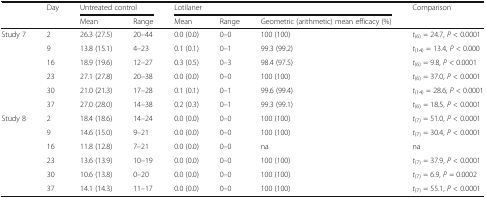
| <ROWSPAN=2>  | <ROWSPAN=2> Day | <COLSPAN=2> Untreated control | <COLSPAN=3> Lotilaner | Comparison |
 | Mean | Range | Mean | Range | Geometric (arithmetic) mean efficacy (%) |  |
 | --- | --- | --- | --- | --- | --- | --- | --- |
 | <ROWSPAN=6> Study 7 | 2 | 26.3 (27.5) | 20–44 | 0.0 (0.0) | 0–0 | 100 (100) | t(6) = 24.7, P < 0.0001 |
 | 9 | 13.8 (15.1) | 4–23 | 0.1 (0.1) | 0–1 | 99.3 (99.2) | t(14) = 13.4, P < 0.000 |
 | 16 | 18.9 (19.6) | 12–27 | 0.3 (0.5) | 0–3 | 98.4 (97.5) | t(6) = 9.8, P < 0.0001 |
 | 23 | 27.1 (27.8) | 20–38 | 0.0 (0.0) | 0–0 | 100 (100) | t(6) = 37.0, P < 0.0001 |
 | 30 | 21.0 (21.3) | 17–28 | 0.1 (0.1) | 0–1 | 99.6 (99.4) | t(14) = 28.6, P < 0.0001 |
 | 37 | 27.0 (28.0) | 14–38 | 0.2 (0.3) | 0–1 | 99.3 (99.1) | t(6) = 18.5, P < 0.0001 |
 | <ROWSPAN=6> Study 8 | 2 | 18.4 (18.6) | 14–24 | 0.0 (0.0) | 0–0 | 100 (100) | t(7) = 51.0, P < 0.0001 |
 | 9 | 14.6 (15.0) | 9–21 | 0.0 (0.0) | 0–0 | 100 (100) | t(7) = 30.4, P < 0.0001 |
 | 16 | 11.8 (12.8) | 7–21 | 0.0 (0.0) | 0–0 | na | na |
 | 23 | 13.6 (13.9) | 10–19 | 0.0 (0.0) | 0–0 | 100 (100) | t(7) = 37.9, P < 0.0001 |
 | 30 | 10.6 (13.8) | 0–20 | 0.0 (0.0) | 0–0 | 100 (100) | t(7) = 6.9, P = 0.0002 |
 | 37 | 14.1 (14.3) | 11–17 | 0.0 (0.0) | 0–0 | 100 (100) | t(7) = 55.1, P < 0.0001 |